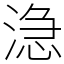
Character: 㴔